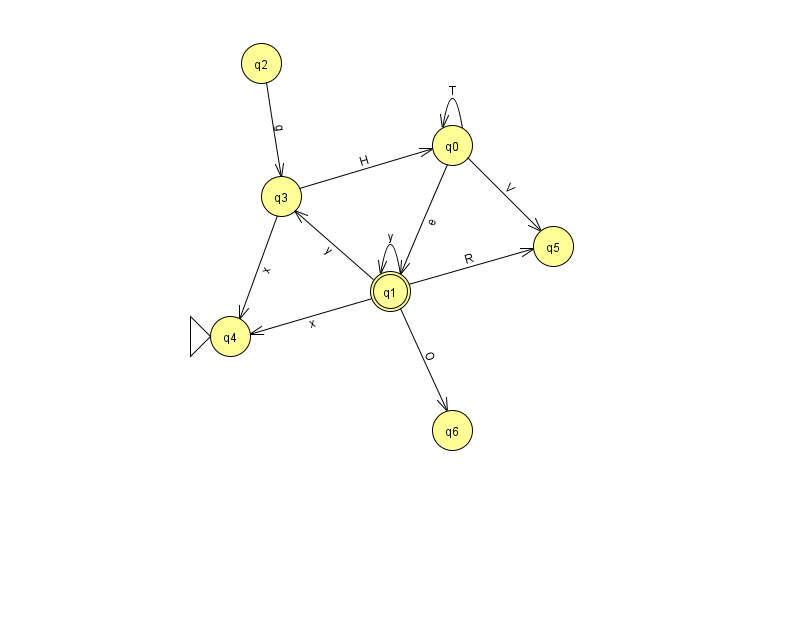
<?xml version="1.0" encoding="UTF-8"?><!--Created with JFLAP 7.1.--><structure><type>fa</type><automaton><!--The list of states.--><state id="0" name="q0"><x>452.0</x><y>132.0</y></state><state id="1" name="q1"><x>390.0</x><y>278.0</y><final/></state><state id="2" name="q2"><x>261.0</x><y>50.0</y></state><state id="3" name="q3"><x>281.0</x><y>183.0</y></state><state id="4" name="q4"><x>230.0</x><y>323.0</y><initial/></state><state id="5" name="q5"><x>553.0</x><y>233.0</y></state><state id="6" name="q6"><x>452.0</x><y>417.0</y></state><!--The list of transitions.--><transition><from>3</from><to>4</to><read>x</read></transition><transition><from>0</from><to>0</to><read>T</read></transition><transition><from>0</from><to>5</to><read>V</read></transition><transition><from>1</from><to>6</to><read>O</read></transition><transition><from>2</from><to>3</to><read>g</read></transition><transition><from>1</from><to>3</to><read>y</read></transition><transition><from>0</from><to>1</to><read>e</read></transition><transition><from>1</from><to>1</to><read>y</read></transition><transition><from>3</from><to>0</to><read>H</read></transition><transition><from>1</from><to>4</to><read>x</read></transition><transition><from>1</from><to>5</to><read>R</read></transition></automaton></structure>